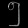
Digit: ၅